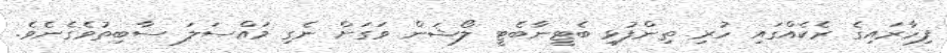
ފިހާރައިގެ ރެކެއްގައި ހުރި ތިންފުޅި ބެޓީނާބެޓީ ލޯޝަން ވަގަށް ނެގި މައްސަލަ ސާބިތުވެގެނެވެ.